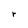
Character: r